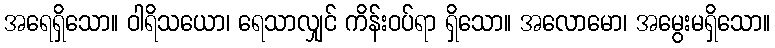
အရေရှိသော။ ဝါရိသယော၊ ရေသာလျှင် ကိန်းဝပ်ရာ ရှိသော။ အလောမော၊ အမွေးမရှိသော။